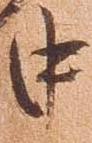
中